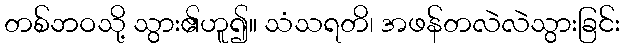
တစ်ဘဝသို့ သွား၏ဟူ၍။ သံသရတိ၊ အဖန်တလဲလဲသွားခြင်း